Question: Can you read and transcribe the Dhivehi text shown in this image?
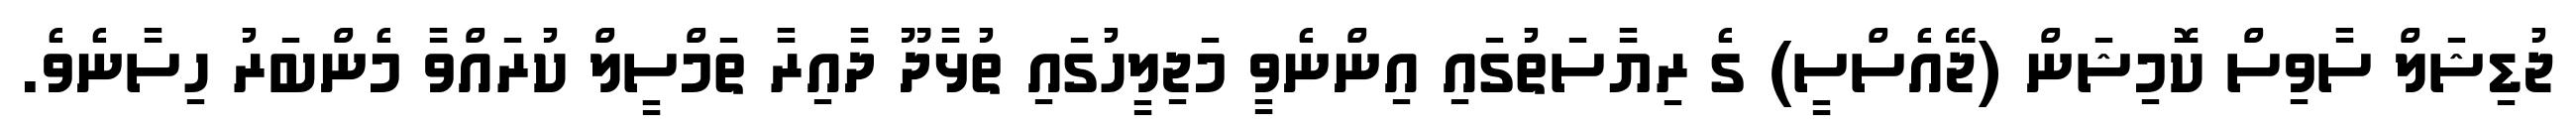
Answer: ޖުޑިޝަލް ސާވިސް ކޮމިޝަން (ޖޭއެސްސީ) ގެ ރިޔާސަތުގައި އިންނެވީ މަޖިލީހުގައި ތުޅާދޫ ދާއިރާ ތަމްސީލް ކުރައްވާ މެންބަރު ހިސާނެވެ.